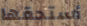
أستحقها